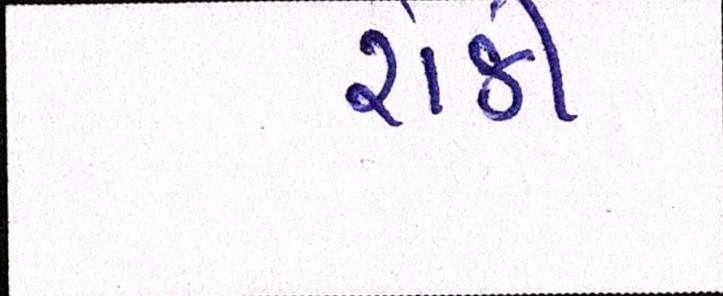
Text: રોકી